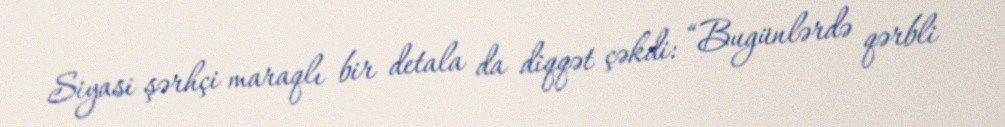
Siyasi şərhçi maraqlı bir detala da diqqət çəkdi: “Bugünlərdə qərbli